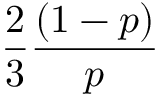
\frac { 2 } { 3 } \frac { ( 1 - p ) } { p }